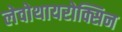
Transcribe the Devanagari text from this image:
लेवोथायरोक्सिन